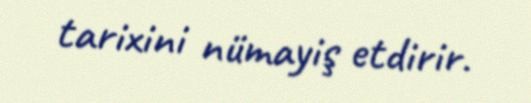
tarixini nümayiş etdirir.